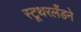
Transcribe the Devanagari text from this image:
स्टूथरलँडने